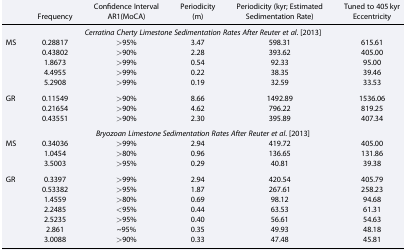
<table><thead><tr><td></td><td><b>Frequency</b></td><td><b>Confidence Interval AR1(MoCA)</b></td><td><b>Periodicity (m)</b></td><td><b>Periodicity (kyr; Estimated Sedimentation Rate)</b></td><td><b>Tuned to 405 kyr Eccentricity</b></td></tr></thead><tbody><tr><td colspan="6"><i>Cerratina Cherty Limestone Sedimentation Rates After Reuter et al</i>. [2013]</td></tr><tr><td rowspan="5">MS</td><td>0.28817</td><td>&gt;95%</td><td>3.47</td><td>598.31</td><td>615.61</td></tr><tr><td>0.43802</td><td>&gt;90%</td><td>2.28</td><td>393.62</td><td>405.00</td></tr><tr><td>1.8673</td><td>&gt;99%</td><td>0.54</td><td>92.33</td><td>95.00</td></tr><tr><td>4.4955</td><td>&gt;99%</td><td>0.22</td><td>38.35</td><td>39.46</td></tr><tr><td>5.2908</td><td>&gt;99%</td><td>0.19</td><td>32.59</td><td>33.53</td></tr><tr><td rowspan="3">GR</td><td>0.11549</td><td>&gt;90%</td><td>8.66</td><td>1492.89</td><td>1536.06</td></tr><tr><td>0.21654</td><td>&gt;90%</td><td>4.62</td><td>796.22</td><td>819.25</td></tr><tr><td>0.43551</td><td>&gt;90%</td><td>2.30</td><td>395.89</td><td>407.34</td></tr><tr><td colspan="6"><i>Bryozoan Limestone Sedimentation Rates After Reuter et al</i>. [2013]</td></tr><tr><td rowspan="3">MS</td><td>0.34036</td><td>&gt;99%</td><td>2.94</td><td>419.72</td><td>405.00</td></tr><tr><td>1.0454</td><td>&gt;80%</td><td>0.96</td><td>136.65</td><td>131.86</td></tr><tr><td>3.5003</td><td>&gt;95%</td><td>0.29</td><td>40.81</td><td>39.38</td></tr><tr><td rowspan="7">GR</td><td>0.3397</td><td>&gt;99%</td><td>2.94</td><td>420.54</td><td>405.79</td></tr><tr><td>0.53382</td><td>&gt;95%</td><td>1.87</td><td>267.61</td><td>258.23</td></tr><tr><td>1.4559</td><td>&gt;80%</td><td>0.69</td><td>98.12</td><td>94.68</td></tr><tr><td>2.2485</td><td>&lt;95%</td><td>0.44</td><td>63.53</td><td>61.31</td></tr><tr><td>2.5235</td><td>&gt;95%</td><td>0.40</td><td>56.61</td><td>54.63</td></tr><tr><td>2.861</td><td>~95%</td><td>0.35</td><td>49.93</td><td>48.18</td></tr><tr><td>3.0088</td><td>&gt;90%</td><td>0.33</td><td>47.48</td><td>45.81</td></tr></tbody></table>